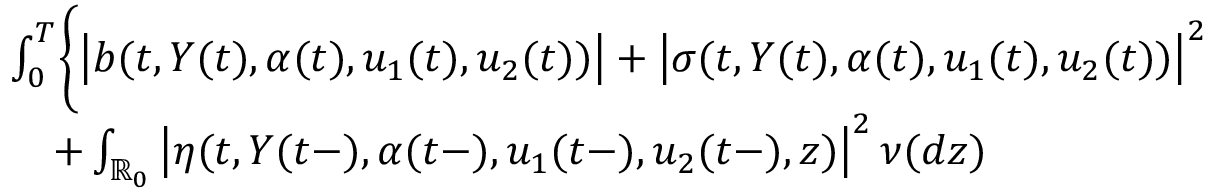
\begin{array} { r l } & { \int _ { 0 } ^ { T } \biggl \{ \left| b ( t , Y ( t ) , \alpha ( t ) , u _ { 1 } ( t ) , u _ { 2 } ( t ) ) \right| + \left| \sigma ( t , Y ( t ) , \alpha ( t ) , u _ { 1 } ( t ) , u _ { 2 } ( t ) ) \right| ^ { 2 } } \\ & { \quad + \int _ { \mathbb { R } _ { 0 } } \left| \eta ( t , Y ( t - ) , \alpha ( t - ) , u _ { 1 } ( t - ) , u _ { 2 } ( t - ) , z ) \right| ^ { 2 } \nu ( d z ) } \end{array}